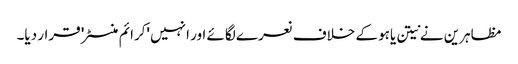
مظاہرین نے نیتن یاہو کے خلاف نعرے لگائے اور انہیں 'کرائم منسٹر' قرار دیا۔